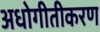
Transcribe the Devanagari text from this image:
अधोगीतीकरण